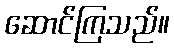
ဆောင်ကြသည်။